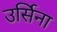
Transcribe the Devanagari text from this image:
उर्सिना